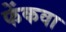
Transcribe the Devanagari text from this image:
फेंकवा